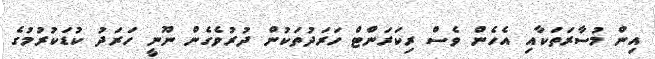
އިން މުސާރަތަކާއި އެހެން ވެސް ރިކަރަންޓް ހަރަދުތަކުން ދުރުވެގެން ނޫނީ ހަރަދު ކުޑަކުރުމުގެ